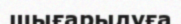
шығарылуға